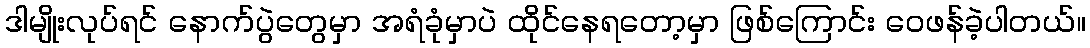
ဒါမျိုးလုပ်ရင် နောက်ပွဲတွေမှာ အရံခုံမှာပဲ ထိုင်နေရတော့မှာ ဖြစ်ကြောင်း ဝေဖန်ခဲ့ပါတယ်။